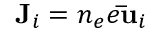
{ \bf { J } } _ { i } = n _ { e } e { \bf { \bar { u } } } _ { i }